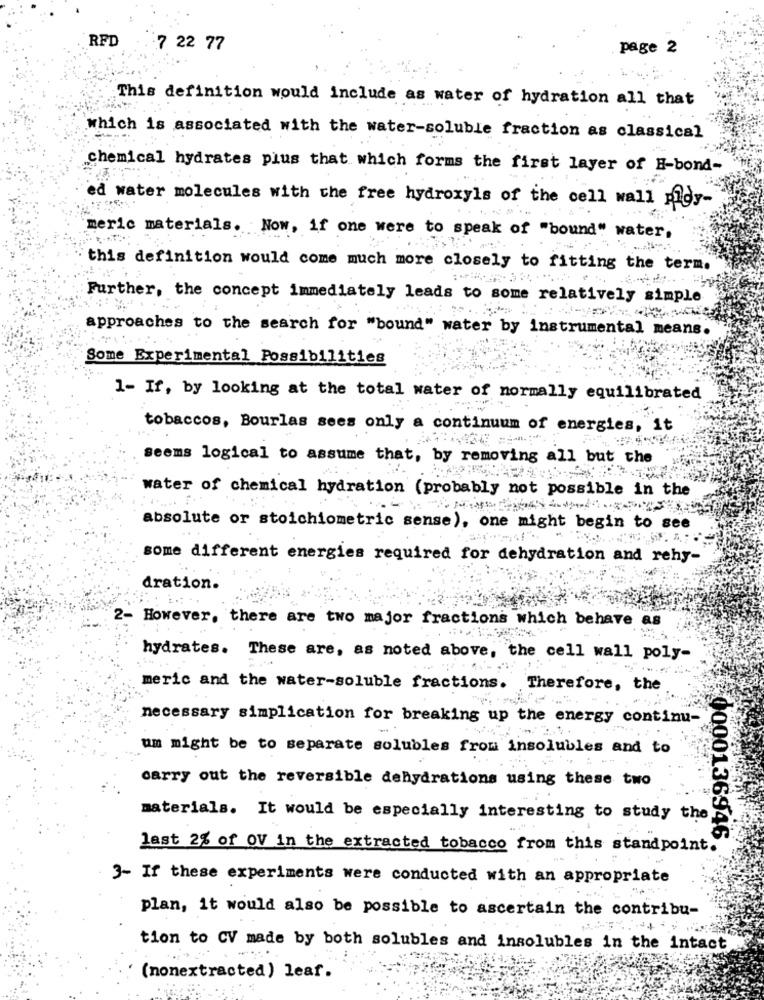
RFD
7 22 77
page 2
This definition would include as water of hydration all that
which is associated with the water-soluble fraction as classical
Chemical hydrates pius that which forms the first layer of H-bond-
ed water molecules with the free hydroxyls of the cell wall pady-
meric materials. Now, if one were to speak of "bound" water,
this definition would come much more closely to fitting the term.
Further, the concept immediately leads to some relatively simple
approaches to the search for "bound" water by instrumental means.
Some Experimental Possibilities
1- If, by looking at the total water of normally equilibrated
tobaccos, Bourlas sees only a continuum of energies, it
seems logical to assume that, by removing all but the
water of chemical hydration (probably not possible in the
absolute or stoichiometric sense), one might begin to see
some different energies required for dehydration and rehy-
dration.
2- However, there are two major fractions which behave as
hydrates. These are, as noted above, the cell wall poly-
meric and the water-soluble fractions. Therefore, the
necessary simplication for breaking up the energy continu-
um might be to separate solubles from insolubles and to
carry out the reversible dehydrations using these two
materials. It would be especially interesting to study the
9000136946
last 2% of OV in the extracted tobacco from this standpoint.
3- If these experiments were conducted with an appropriate
plan, it would also be possible to ascertain the contribu-
tion to CV made by both solubles and insolubles in the intact
(nonextracted) leaf.